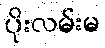
ပိုးလမ်းမ